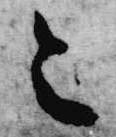
令